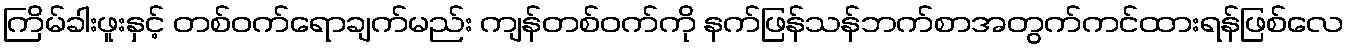
ကြိမ်ခါးဖူးနှင့် တစ်ဝက်ရောချက်မည်း ကျန်တစ်ဝက်ကို နက်ဖြန်သန်ဘက်စာအတွက်ကင်ထားရန်ဖြစ်လေ